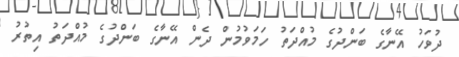
ދުވަހު އޭނާގެ ބަންދުގެ މުއްދަތު ހަމަވުމުން ދެން އޭނާގެ ބަންދުގެ މުއްދަތު އިތުރު